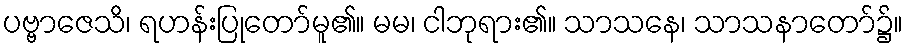
ပဗ္ဗာဇေသိ၊ ရဟန်းပြုတော်မူ၏။ မမ၊ ငါဘုရား၏။ သာသနေ၊ သာသနာတော်၌။